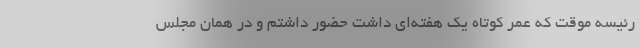
رئیسه موقت که عمر کوتاه یک هفته‌ای داشت حضور داشتم و در همان مجلس